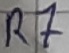
Text: R7